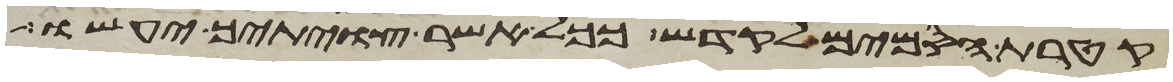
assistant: קטרת הסמים לקדש ככל אשר צויתיך יעשו